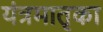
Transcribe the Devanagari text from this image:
यंत्रमातृका